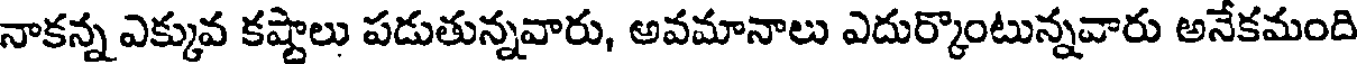
నాకన్న ఎక్కువ కష్టాలు పడుతున్నవారు, అవమానాలు ఎదుర్కొంటున్నవారు అనేకమంది